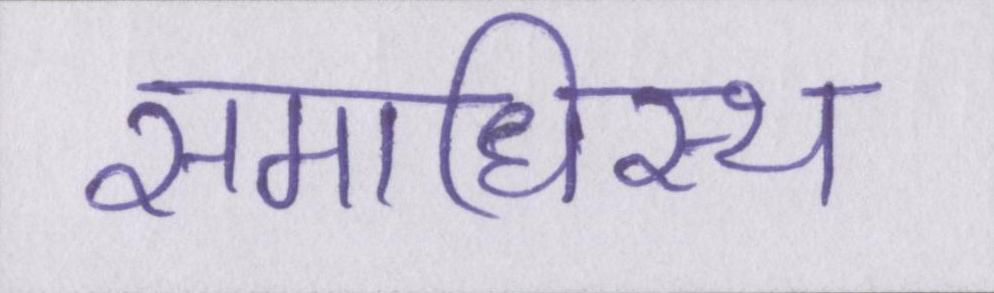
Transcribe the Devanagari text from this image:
समाधिस्थ